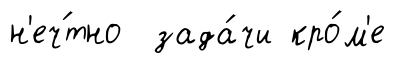
н'еч́тно зада́чи кро́м'е